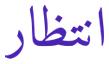
انتظار